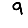
Digit: 9